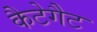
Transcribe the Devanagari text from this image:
कैटेगैट